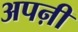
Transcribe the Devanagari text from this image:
अपऩी